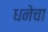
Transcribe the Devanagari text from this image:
धनेचा